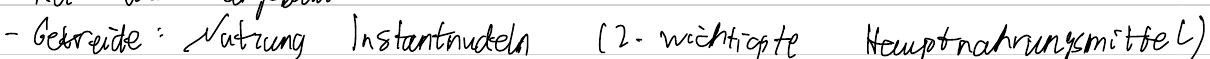
- Getreide: Nutzung Instantnudeln (2. wichtigste Hauptnahrungsmittel)